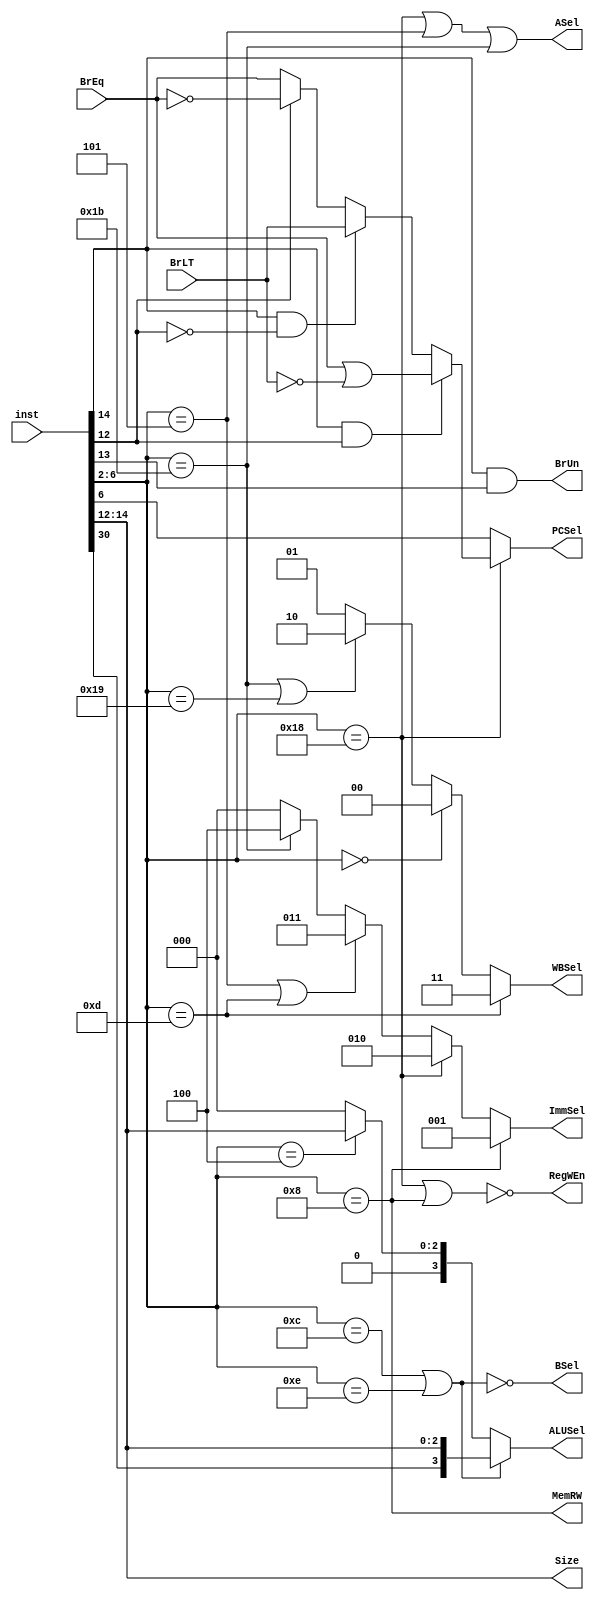
module controller #(parameter AWIDTH=32, DWIDTH=32 )
(	input			BrEq,
	input			BrLT,
	input	[DWIDTH-1:0]	inst,
	output	           	PCSel,
	output		[2:0]	ImmSel,
	output  		RegWEn,
	output  		BrUn,
	output  		ASel,
	output  		BSel,
	output		[3:0]	ALUSel,
	output			MemRW,
	output		[1:0]	WBSel,
	output		[2:0]	Size
);
	// instruction types based on opcode
	localparam	rtype1 = 5'b01100, rtype2 = 5'b01110, 
			itype1 = 5'b00000, itype2 = 5'b00011,
			itype3 = 5'b00100, itype4 = 5'b00110,
			itype5 = 5'b11001, itype6 = 5'b11100,
			stype  = 5'b01000, sbtype = 5'b11000,
			utype1 = 5'b00101, utype2 = 5'b01101,
			ujtype = 5'b11011;
	// for operation states
	//localparam [2:0]add=0,sll=1,slt=2,sltu=3,bit_xor=4,srl=5,sra=6,bit_or=7,bit_and=8;
			
	wire [4:0] opcode;
	wire [2:0] func3;
	wire [6:0] func7;
	wire BrTrue;
		

	assign opcode	= inst [6:2];
	assign func3 	= inst [14:12];
	assign func7 	= inst [31:25];
	
	assign BrTrue	= (func3[2]&func3[0])? (BrEq || !BrLT)
			: (func3[2]&!func3[0])? BrLT
			:  func3[0]?		!BrEq
			:			BrEq;
	
	assign BrUn	= func3[2] & func3[1];
	assign PCSel	= (opcode==sbtype)? BrTrue : opcode[4];  
	assign ALUSel 	= (opcode==rtype1||opcode==rtype2)? {func7[5],func3} 
			: (opcode==itype3)? 		    {1'b0,func3}
			:					4'b0;
	assign ImmSel 	= (opcode==stype)?			3'b001
			: (opcode==sbtype)?			3'b010
			: (opcode==utype1||opcode==utype2)?	3'b011
			: (opcode==ujtype)?			3'b100
			:					3'b000;
	assign ASel 	= (opcode==sbtype||opcode==utype1||opcode==ujtype);
	assign BSel	= !(opcode==rtype1||opcode==rtype2);
	assign WBSel	= (opcode==utype2)?			2'b11
			: (opcode==itype1)?			2'b00
			: (opcode==ujtype||opcode==itype5)?	2'b10
			:					2'b01;
	assign RegWEn	= !(opcode==sbtype||opcode==stype);
	assign MemRW	= (opcode==stype);
	assign Size	= func3;
endmodule